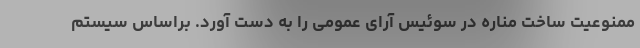
ممنوعیت ساخت مناره در سوئیس آرای عمومی را به دست آورد. براساس سیستم